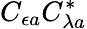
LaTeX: C_{\epsilon a}C_{\lambda a}^{*}